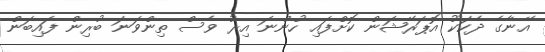
އޭނާގެ ދެކަކޫ އޮޕަރޭޝަން ކޮށްފައި ހުންނަ އިރު ވެސް ތިންވަނަ ބުރިން ފައިބަން